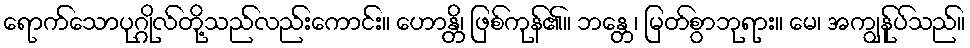
ရောက်သောပုဂ္ဂိုလ်တို့သည်လည်းကောင်း။ ဟောန္တိ၊ ဖြစ်ကုန်၏။ ဘန္တေ၊ မြတ်စွာဘုရား။ မေ၊ အကျွန်ုပ်သည်။